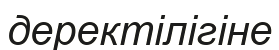
деректілігіне